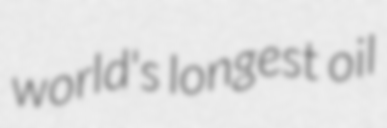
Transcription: world's longest oil